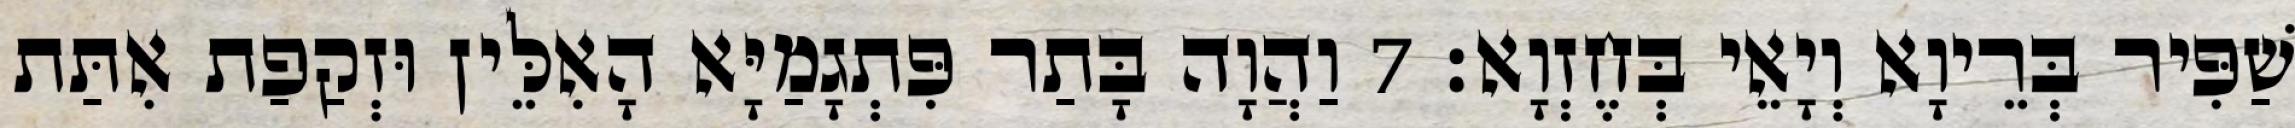
שַׁפִּיר בְּרֵיוָא וְיָאֵי בְּחֶזְוָא׃ 7 וַהֲוָה בָּתַר פִּתְגָמַיָּא הָאִלֵּין וּזְקַפַת אִתַּת